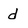
Character: d